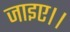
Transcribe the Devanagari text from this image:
जाइए।।